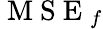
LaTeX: \mathrm{~M~S~E~}_{f}